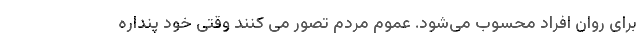
برای روان افراد محسوب می‌شود. عموم مردم تصور می کنند وقتی خود پنداره